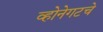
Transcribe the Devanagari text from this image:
व्होनेगटचे